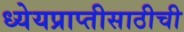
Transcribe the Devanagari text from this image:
ध्येयप्राप्तीसाठीची